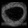
Digit: ၀